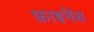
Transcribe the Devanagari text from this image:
फ़ाइनेंस